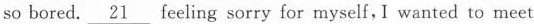
so bored.\underline{21} feeling sorry for myself, I wanted to meet